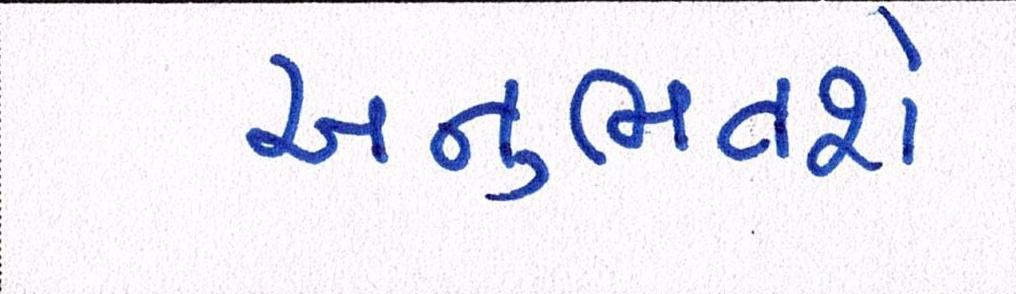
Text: અનુભવશે